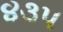
૪૩૫